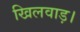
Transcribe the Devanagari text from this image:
खिलवाड़।